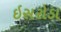
ઇસરોડા